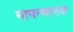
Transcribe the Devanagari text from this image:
मापन्मानक